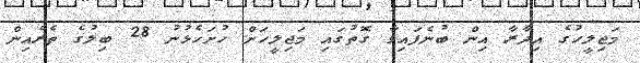
މަޖިލީހުގެ އިދާރާ އިން ބުނެފައިވާ ގޮތުގައި މަޖިލީހަށް ހުށަހެޅުނު 28 ބިލުގެ ތެރެއިން